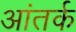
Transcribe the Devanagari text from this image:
आंतर्क